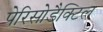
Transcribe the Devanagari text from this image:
पेरिसोडैक्टिल